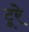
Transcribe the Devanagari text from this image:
टूरे